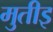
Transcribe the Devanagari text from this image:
मुतीइ